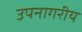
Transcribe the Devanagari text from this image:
उपनागरीय